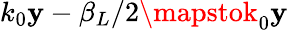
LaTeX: k_{0}\mathbf{y}-\beta_{L}/2\mapstok_{0}\mathbf{y}